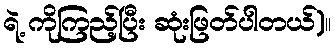
ရဲ့ ကိုကြည့်ပြီး ဆုံးဖြတ်ပါတယ်)။